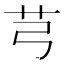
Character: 芎